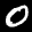
Label: 0